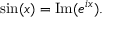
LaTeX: \sin ( x ) = \operatorname { I m } ( e ^ { i x } ) .